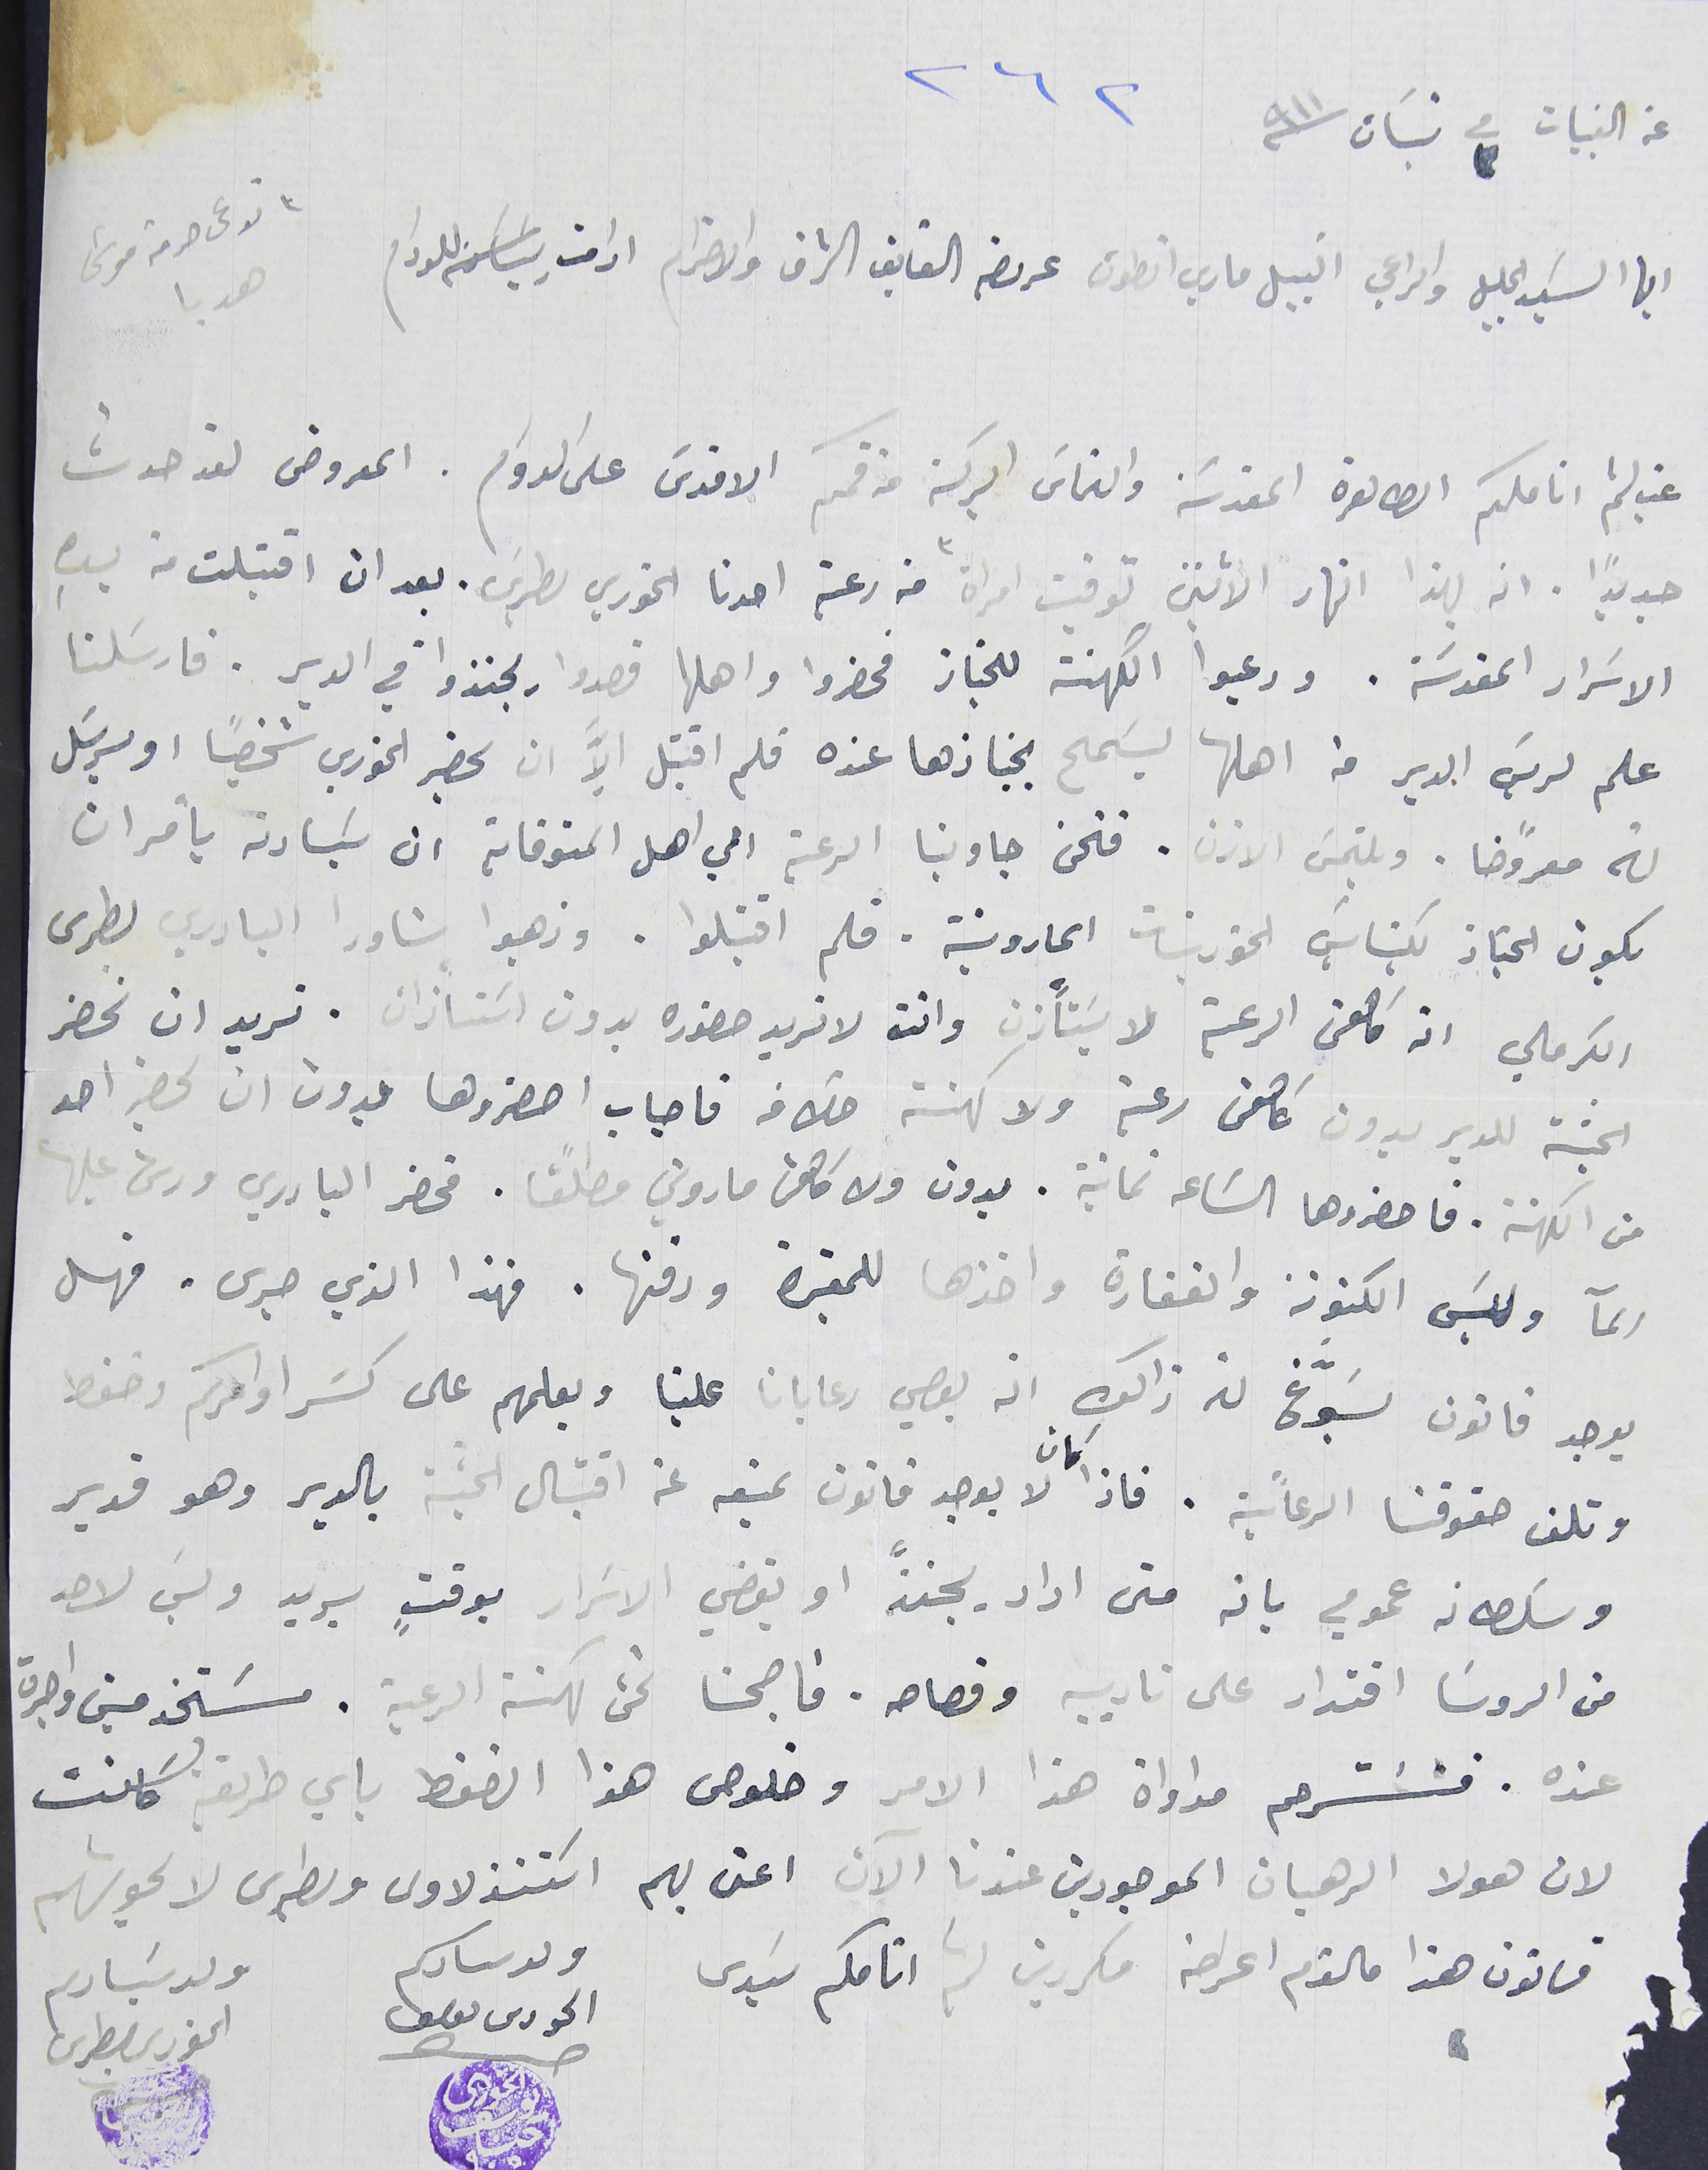
عن القبيات فى ٣ نيسَان  ٩١١                       ٢٦٢
تدعى حرمة موسَى هدبا
 ايها السَيد الجليل والراعي النبيل ماري انطون عرىضه الفايق الشرف والاحترام ادامت ريسَاتكم للدوام
 غب لثم انامكم الطاهرة المقدسَة والتماسَ البركة من فمكم الاقدسَ على الدوام. المعروض لقد حدث
 جديدًا انه بهذا النهار الاثنين توفيت امراة من رعية احدنا الخوري بطرس. بعد ان اقتبلت من يدهِ
 الاسَرار المقدسَة. ودعيوا الكهنة للجناز فحضروا واهلها قصدوا يجنزوا في الدير. فارسَلنا
علم لريسَ الدير من اهلها ليسَمح بجنازها عنده فلم اقتبل الاَّ ان يحضر الخوري شخصياً او يرسَل
له معروضًا. ويلتمسَ الازن. فنحن جاوبنا الرعية الي اهل المتوفاية ان سَيادته يأمر ان
يكون الجناز بكنايسَ الخورنيات المارونية . فلم اقتبلوا. وذهبوا شاورا البادري بطرس
الكرملي انه كاهن الرعية لا يسَتأذن وانت لا تريد حضوره بدون اسَتأزان. نريد ان نحضر
الجثة للدير بدون كاهن رعية ولا كهنة خلافه فاجاب احضروها بدون ان يحضر احد
من الكهنة. فاحضروها الساعة ثمانية . بدون ولا كاهن ماروني مطلقا. فحضر البادري ورش عليها
المآ ولبسَ الكتونة  والغفارة واخذها للمقبرة ودفنها. فهذا الذي جرى. فهل
يوجد قانون يسَوَّغ له ذالك انه يعصي رعايانا علينا ويعلمهم على كسَر اوامركم وضغط
وتلف حقوقنا الرعائية. فاذا كان يوجد قانون يمنعه عن اقتبال الجثة بالدير وهو قدير
وسَلطانه عمومي بانه متى اراد يجنزّ او يقضي الاسرار بوقتٍ يريد وليسَ لاحد
من الروسَا اقتدار على تاديبه وقصاصه. فاصبحنا نحن كهنة الرعية. مسَتخدمين واجرة
عنده. فنسترحم مداواة هذا الامر وخلوص هذا الضغط باي طريقة كانت
لان هولا الرهبان الموجودين عندنا الآن اعنى بهم اسَتنذلاوس وبطرس لا يحوشهم
 قانون هذا ما لقدم اعراضه مكررين لثم أنامكم سَيدي                                                  ولد سىادكم                              ولد سَيادكم
الحورى ىوسف                          الخورى بطرس